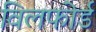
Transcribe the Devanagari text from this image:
विलफोर्ड